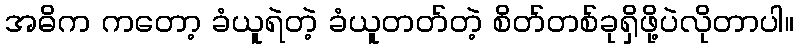
အဓိက ကတော့ ခံယူရဲတဲ့ ခံယူတတ်တဲ့ စိတ်တစ်ခုရှိဖို့ပဲလိုတာပါ။